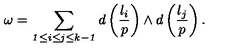
\omega = \sum _ { \mathrm { \scriptsize { \it 1 \leq i \leq j \leq k - 1 } } } d \left( { \frac { l _ { i } } { p } } \right) \wedge d \left( { \frac { l _ { j } } { p } } \right) .